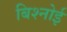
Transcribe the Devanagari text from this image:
बिश्‍नोई